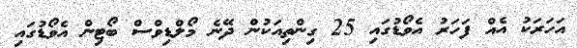
އަހަރަކު އެއް ފަހަރު އެވޯޑުގައި 25 ގިންތިއަކުން ދޭނެ މޯލްޑިވްސް ބޯޓިން އެވޯޑުގައި